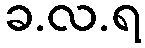
ခ.လ.ရ